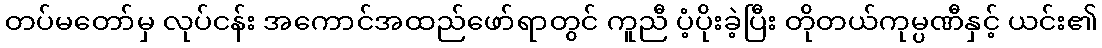
တပ်မတော်မှ လုပ်ငန်း အကောင်အထည်ဖော်ရာတွင် ကူညီ ပံ့ပိုးခဲ့ပြီး တိုတယ်ကုမ္ပဏီနှင့် ယင်း၏